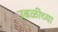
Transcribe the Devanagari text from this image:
उबळीच्या